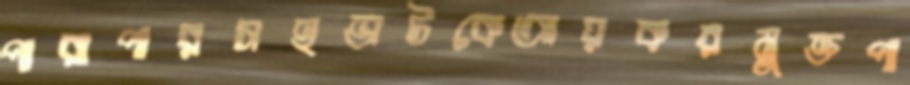
পারাপারসহভাটকেআয়করমুক্তপা